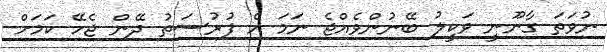
ނުވަތަ ގާނޫނީ ވަކީލު ބޭނުންވެއްޖެ ނަމަ އެ ފުރުސަތު ދޭން ޖެހޭ ކަމަށް